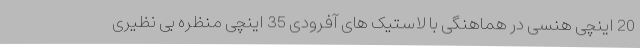
20 اینچی هنسی در هماهنگی با لاستیک های آفرودی 35 اینچی منظره بی نظیری